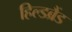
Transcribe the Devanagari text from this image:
हिल्डब्रैंड